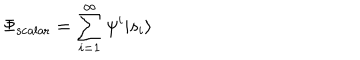
\Phi _ { \mathrm { s c a l a r } } = \sum _ { i = 1 } ^ { \infty } \psi ^ { i } | s _ { i } \rangle